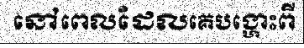
នៅពេលដែលគេបង្ហោះពី